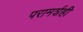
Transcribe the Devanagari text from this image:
परामर्शही